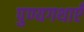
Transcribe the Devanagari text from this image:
पुण्यगथाएँ